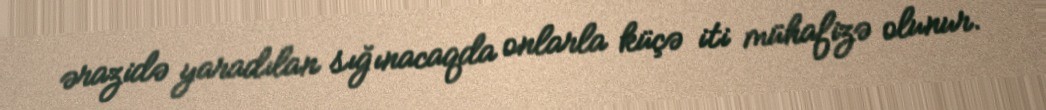
ərazidə yaradılan sığınacaqda onlarla küçə iti mühafizə olunur.